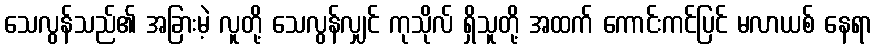
သေလွန်သည်၏ အခြားမဲ့ လူတို့ သေလွန်လျှင် ကုသိုလ် ရှိသူတို့ အထက် ကောင်းကင်ပြင် မလာယစ် နေရာ